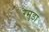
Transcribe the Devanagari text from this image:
रेमुडा